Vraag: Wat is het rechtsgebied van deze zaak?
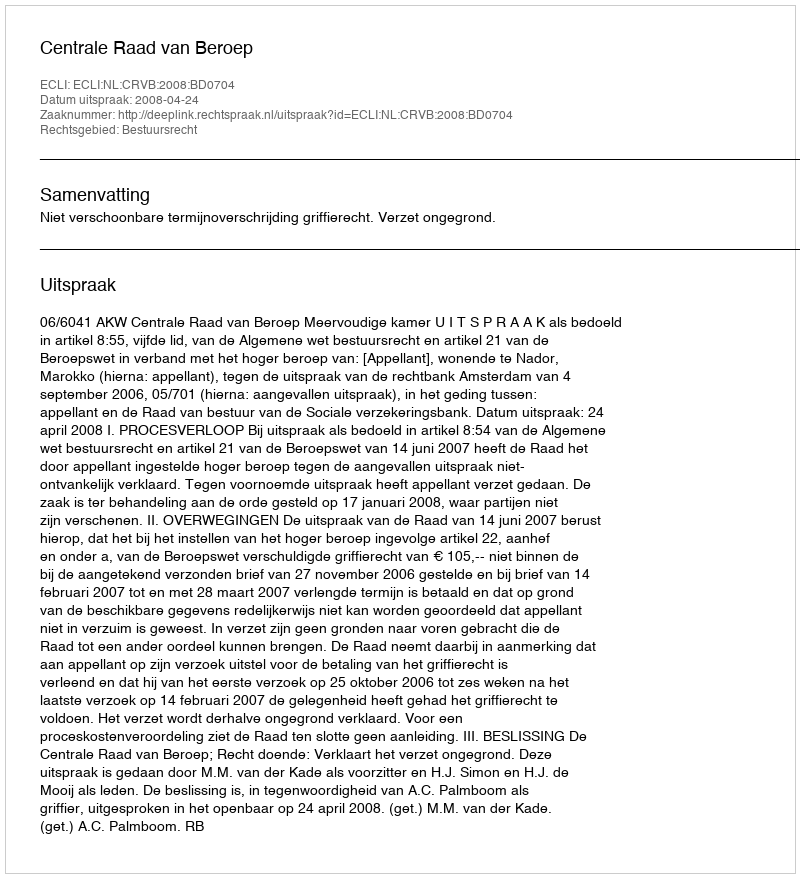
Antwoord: Bestuursrecht